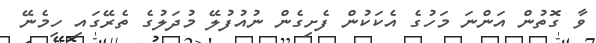
ވާ ގޮތުން އަންނަ މަހުގެ އެކަކުން ފެށިގެން ނުއުފުލޭ މުދަލުގެ ތެރޭގައި ހިމެނޭ